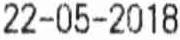
22-05-2018